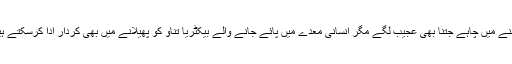
سننے میں چاہے جتنا بھی عجیب لگے مگر انسانی معدے میں پائے جانے والے بیکٹریا تناؤ کو پھیلانے میں بھی کردار ادا کرسکتے ہیں۔